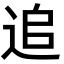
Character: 追